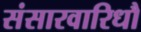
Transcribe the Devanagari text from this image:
संसारवारिधौ